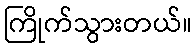
ကြိုက်သွားတယ်။